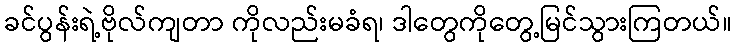
ခင်ပွန်းရဲ့ဗိုလ်ကျတာ ကိုလည်းမခံရ၊ ဒါတွေကိုတွေ့မြင်သွားကြတယ်။